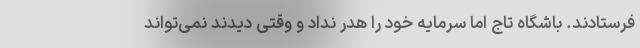
فرستادند. باشگاه تاج اما سرمایه خود را هدر نداد و وقتی دیدند نمی‌تواند